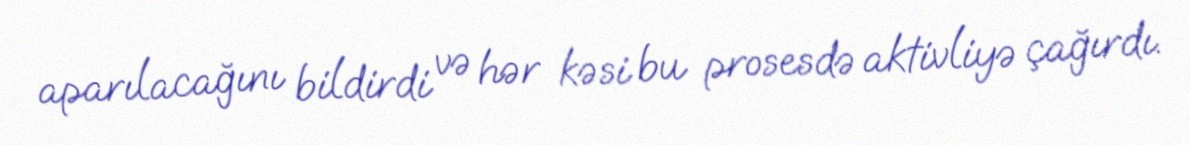
aparılacağını bildirdi və hər kəsi bu prosesdə aktivliyə çağırdı.